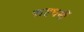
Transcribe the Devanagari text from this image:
सह्धर्मी